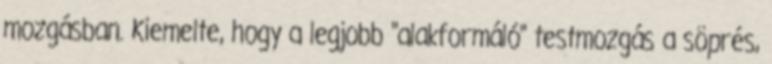
mozgásban. Kiemelte, hogy a legjobb "alakformáló" testmozgás a söprés,